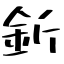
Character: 釿